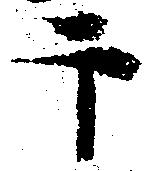
于